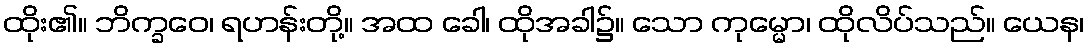
ထိုး၏။ ဘိက္ခဝေ၊ ရဟန်းတို့။ အထ ခေါ၊ ထိုအခါ၌။ သော ကုမ္မော၊ ထိုလိပ်သည်။ ယေန၊